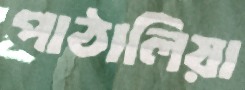
পাঠালিয়া